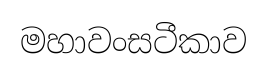
මහාවංසටීකාව